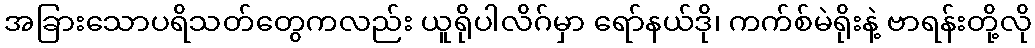
အခြားသောပရိသတ်တွေကလည်း ယူရိုပါလိဂ်မှာ ရော်နယ်ဒို၊ ကက်စ်မဲရိုးနဲ့ ဗာရန်းတို့လို